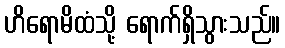
ဟိရောမိထံသို့ ရောက်ရှိသွားသည်။